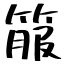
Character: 箙